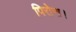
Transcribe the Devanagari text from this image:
पिरोना।